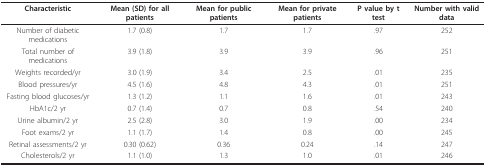
<table><thead><tr><td><b>Characteristic</b></td><td><b>Mean (SD) for all patients</b></td><td><b>Mean for public patients</b></td><td><b>Mean for private patients</b></td><td><b>P value by t test</b></td><td><b>Number with valid data</b></td></tr></thead><tbody><tr><td>Number of diabetic medications</td><td>1.7 (0.8)</td><td>1.7</td><td>1.7</td><td>.97</td><td>252</td></tr><tr><td>Total number of medications</td><td>3.9 (1.8)</td><td>3.9</td><td>3.9</td><td>.96</td><td>251</td></tr><tr><td>Weights recorded/yr</td><td>3.0 (1.9)</td><td>3.4</td><td>2.5</td><td>.01</td><td>235</td></tr><tr><td>Blood pressures/yr</td><td>4.5 (1.6)</td><td>4.8</td><td>4.3</td><td>.01</td><td>251</td></tr><tr><td>Fasting blood glucoses/yr</td><td>1.3 (1.2)</td><td>1.1</td><td>1.6</td><td>.01</td><td>243</td></tr><tr><td>HbA1c/2 yr</td><td>0.7 (1.4)</td><td>0.7</td><td>0.8</td><td>.54</td><td>240</td></tr><tr><td>Urine albumin/2 yr</td><td>2.5 (2.8)</td><td>3.0</td><td>1.9</td><td>.00</td><td>234</td></tr><tr><td>Foot exams/2 yr</td><td>1.1 (1.7)</td><td>1.4</td><td>0.8</td><td>.00</td><td>245</td></tr><tr><td>Retinal assessments/2 yr</td><td>0.30 (0.62)</td><td>0.36</td><td>0.24</td><td>.14</td><td>247</td></tr><tr><td>Cholesterols/2 yr</td><td>1.1 (1.0)</td><td>1.3</td><td>1.0</td><td>.01</td><td>246</td></tr></tbody></table>